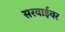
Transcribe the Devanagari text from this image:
सरवाईवर